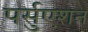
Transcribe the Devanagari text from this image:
पर्सुएशन